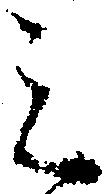
ミ